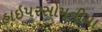
હાઇપરસોમનીયા